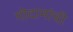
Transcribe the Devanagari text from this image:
गोदामांची